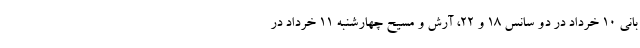
بانی ۱۰ خرداد در دو سانس ۱۸ و ۲۲، آرش و مسیح چهارشنبه ۱۱ خرداد در